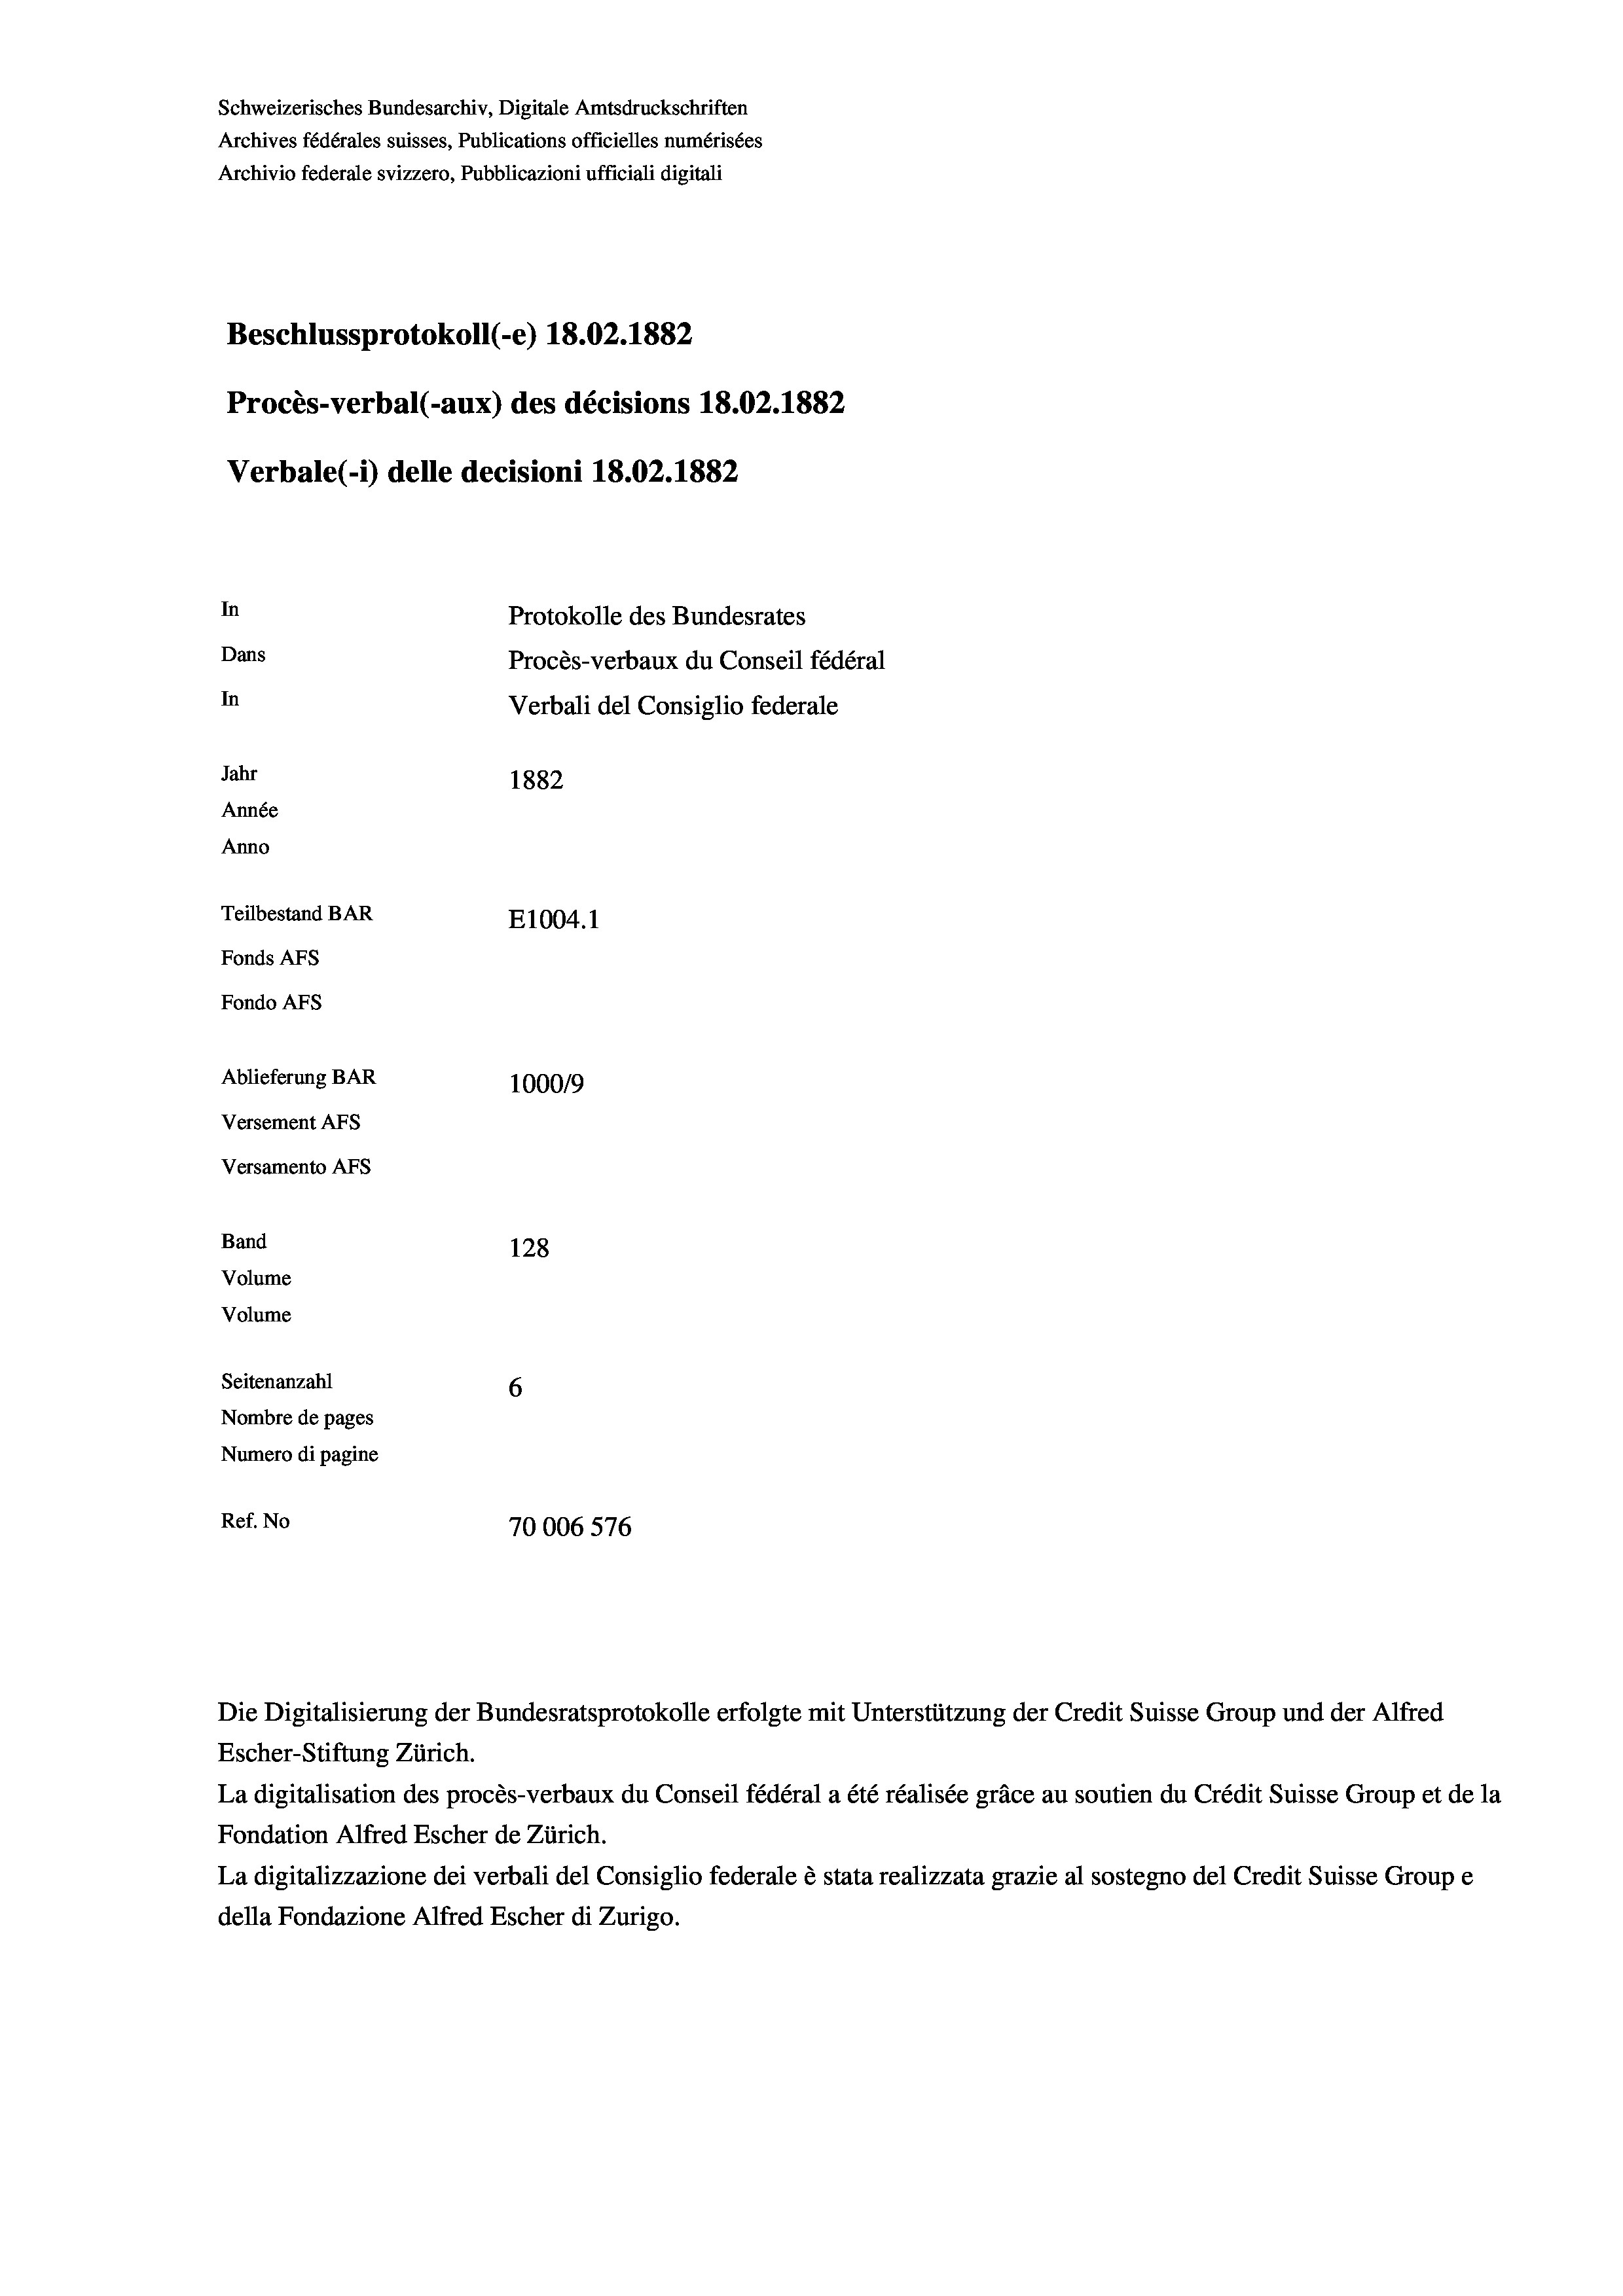
Schweizerisches Bundesarchiv, Digitale Amtsdruckschriften
Archives fédérales suisses, Publications officielles numérisées
Archivio federale svizzero, Pubblicazioni ufficiali digitali
Beschlussprotokoll (-e) 18.02. 1882
Procès-verbal (-aux) des décisions 18.02. 1882
Verbale (i) delle decisioni 18.02. 1882
In
Protokolle des Bundesrates
Dans
Procès-verbaux du Conseil fédéral
In
Verbali del Consiglio federale
Jahr
1882
Année
Anno
Teilbestand BAR
E1004. 1
Fonds AFs
Fondo AFs
Ablieferung BAR
1000/9
Versement Abs
Versamento AFs
Band
128
Volume
Volume
Seitenanzahl
6
Nombre de pages
Numero di pagine
Ref. No
70006576

Escher-Stiftung Zürich.
La digitalisation des procès-verbaux du Conseil fédéral a été réalisée gräce au soutien du Crédit Suisse Group et de la
Fondation Alfred Escher de Zürich.
La digitalizzazione dei verbali del Consiglio federale è stata realizzata grazie al sostegno del Credit Suisse Groupe
della Fondazione Alfred Escher di Zurigo.

Die Digitalisierung der Bundesratsprotokolle erfolgte mit Unterstützung der Credit Suisse Group und der Alfred